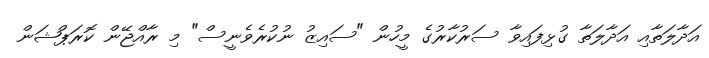
އަދާލަތާއި އަދާލަތާ ގުޅިފައިވާ ސަރުކާރުގެ މީހުން "ސައިޒު ނުކުރެވެނީސް" މި ރާއްޖޭން ކޮރަޕްޝަން